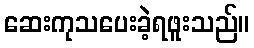
ဆေးကုသပေးခဲ့ရဖူးသည်။